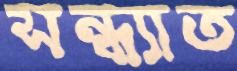
সন্ধ্যাত